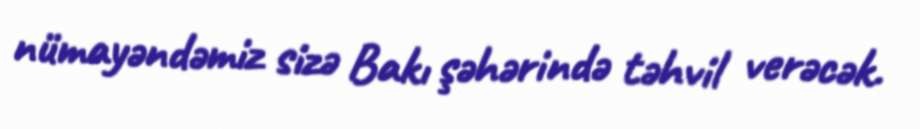
nümayəndəmiz sizə Bakı şəhərində təhvil verəcək.